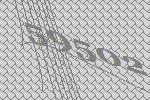
59502